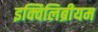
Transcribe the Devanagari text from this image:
इक्विलिब्रीयम